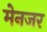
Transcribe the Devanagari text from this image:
मेनजर